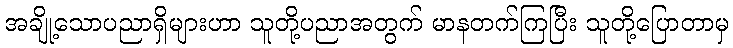
အချို့သောပညာရှိများဟာ သူတို့ပညာအတွက် မာနတက်ကြပြီး သူတို့ပြောတာမှ